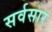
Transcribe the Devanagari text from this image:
सर्वसार